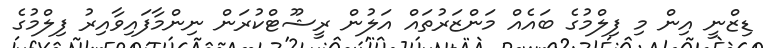
ޑިޒްނީ އިން މި ފިލްމުގެ ބައެއް މަންޒަރުތައް އަލުން ރީޝޫޓްކުރަން ނިންމާފައިވާއިރު ފިލްމުގެ